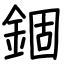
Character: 錮